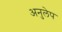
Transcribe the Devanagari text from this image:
अनुलेप